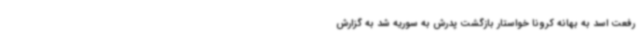
رفعت اسد به بهانه کرونا خواستار بازگشت پدرش به سوریه شد به گزارش